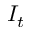
I _ { t }